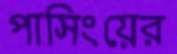
পাসিংয়ের